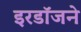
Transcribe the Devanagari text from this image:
इरडॉजने